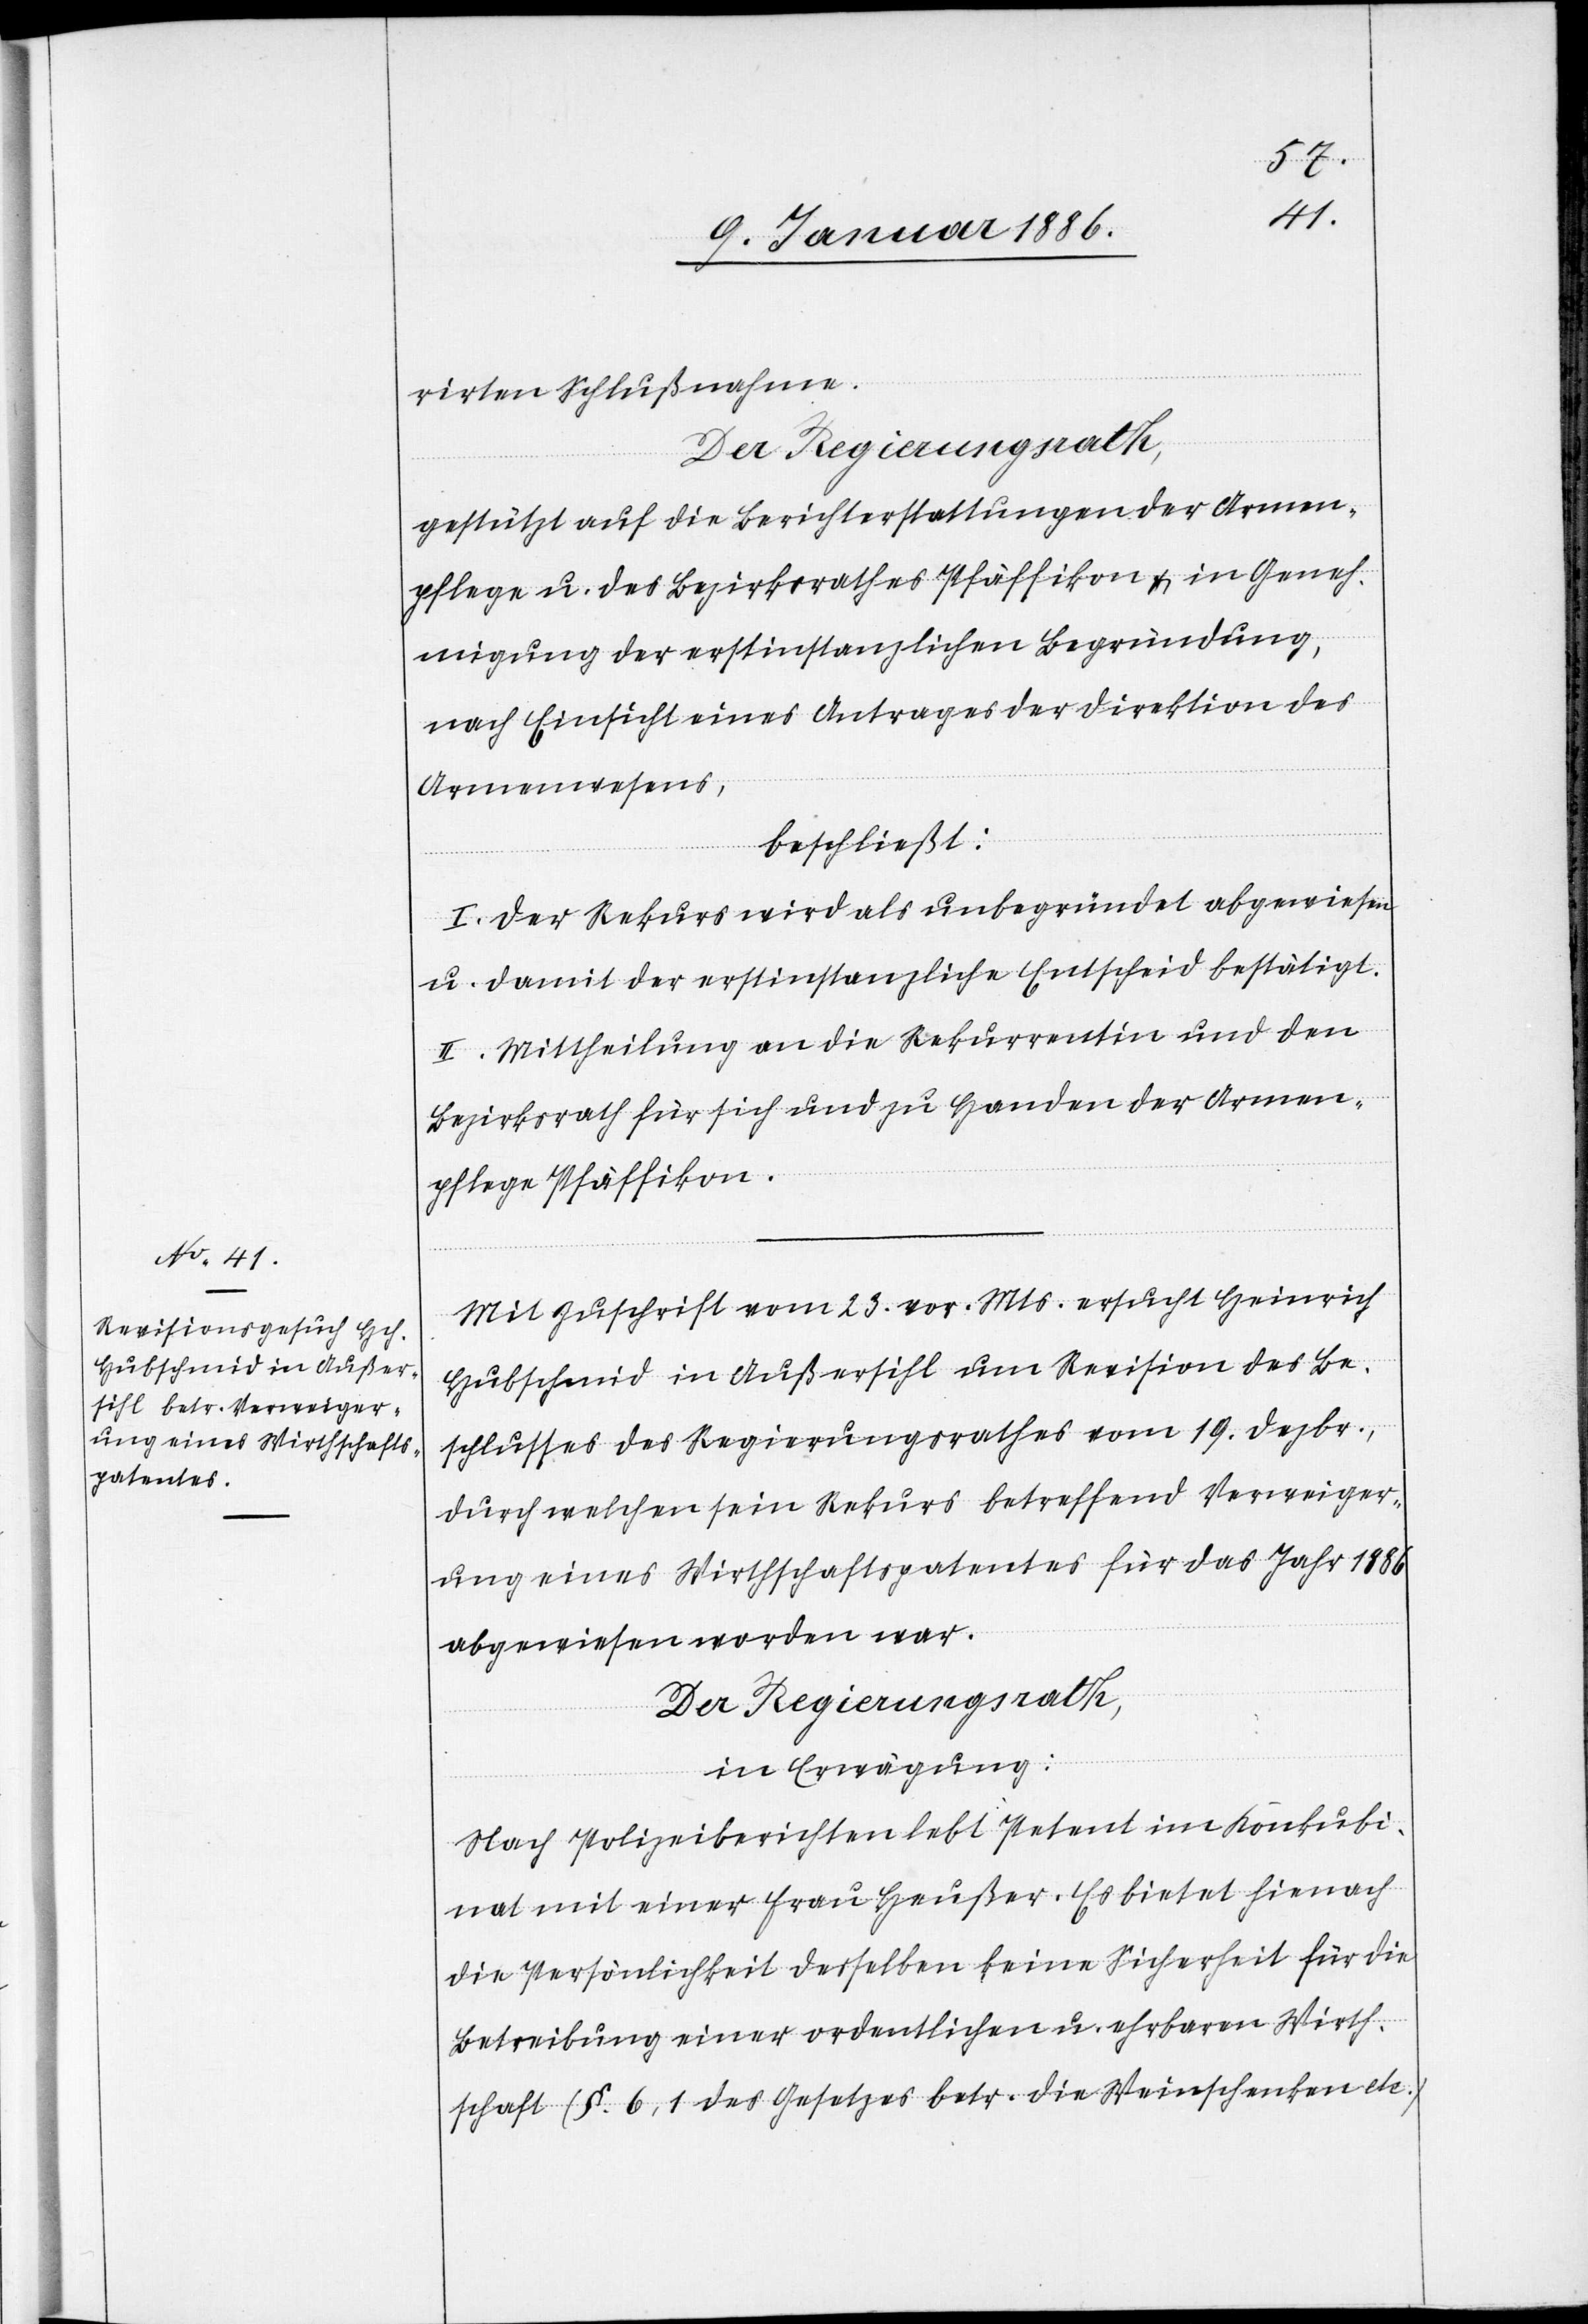
rirten Schlußnahmen.
Der Regierungsrath,
gestützt auf die Berichterstattung der Armen¬
pflege u. des Bezirksrathes Pfäffikon & in Geneh¬
migung der erstinstanzlichen Begründung,
nach Einsicht eines Antrages der Direktion des
Armenwesens,
beschließt:
I. Der Rekurs wird als unbegründet abgewiesen
u. damit der erstinstanzliche Entscheid bestätigt.
II. Mittheilung an die Rekurrentin und den
Bezirksrath für sich und zu Handen der Armen¬
pflege Pfäffikon.
Mit Zuschrift vom 23. vor. Mts. ersucht Heinrich
Hubschmid in Außersihl um Revision des Be¬
schlusses des Regierungsrathes vom 19. Dezbr.,
durch welchen sein Rekurs betreffend Verweiger¬
ung eines Wirthschaftspatentes für das Jahr 1886
abgewiesen worden war.
Der Regierungsrath,
in Erwägung:
Nach Polizeiberichten lebt Petent im Konkubi¬
nat mit einer Frau Heußer. Es bietet hienach
die Persönlichkeit desselben keine Sicherheit für die
Betreibung einer ordentlichen u. ehrbaren Wirth¬
schaft (§ 6, 1 des Gesetzes betr. die Weinschenken etc.)